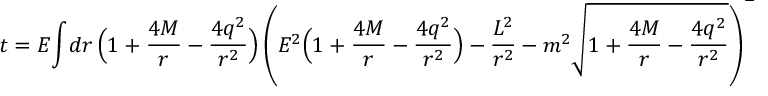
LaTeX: t = E { \int } { d r \, \Bigl ( 1 + { \frac { 4 M } { r } } - { \frac { 4 q ^ { 2 } } { r ^ { 2 } } } \Bigr ) \left( { E ^ { 2 } \Bigl ( 1 + { \frac { 4 M } { r } } - { \frac { 4 q ^ { 2 } } { r ^ { 2 } } } \Bigr ) - { \frac { L ^ { 2 } } { r ^ { 2 } } } - m ^ { 2 } \sqrt { 1 + { \frac { 4 M } { r } } - { \frac { 4 q ^ { 2 } } { r ^ { 2 } } } } } \right) ^ { - 1 / 2 } } \ .